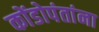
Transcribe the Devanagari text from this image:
कोंडोपंतांना